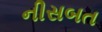
નીસબત